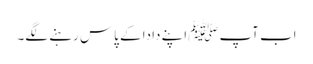
اب آپ ﷺاپنے دادا کے پاس رہنے لگے۔